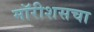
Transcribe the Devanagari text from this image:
मॉरीशसचा